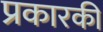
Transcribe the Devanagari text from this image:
प्रकारकी